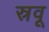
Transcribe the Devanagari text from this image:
स्रवू